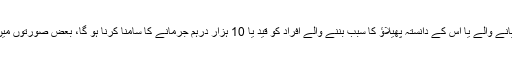
مذکورہ قانون کے تحت کورونا کی بیماری چھُپانے والے یا اس کے دانستہ پھیلاؤ کا سبب بننے والے افراد کو قید یا 10 ہزار درہم جرمانے کا سامنا کرنا ہو گا، بعض صورتوں میں یہ دونوں سزائیں اکٹھی بھی دی جا سکتی ہیں۔